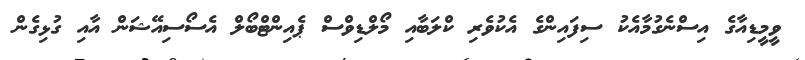
ވީމީޑިއާގެ އިސްނެގުމާއެކު ސިފައިންގެ އެކުވެރި ކްލަބާއި މޯލްޑިވްސް ޕެއިންޓްބޯލް އެސޯސިއޭޝަން އާއި ގުޅިގެން